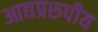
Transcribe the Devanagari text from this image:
आद्यप्ररुपीय